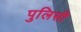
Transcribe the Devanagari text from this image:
पुलिसी